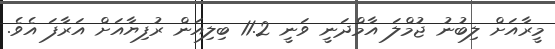
މީރާއަށް ލިބުނު ޖުމްލަ އާމްދަނީ ވަނީ 11.2 ބިލިއަން ރުފިޔާއަށް އަރާފަ އެވެ.